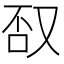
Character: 𱒕